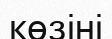
көзіні